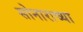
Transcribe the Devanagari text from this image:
सोनाराच्या